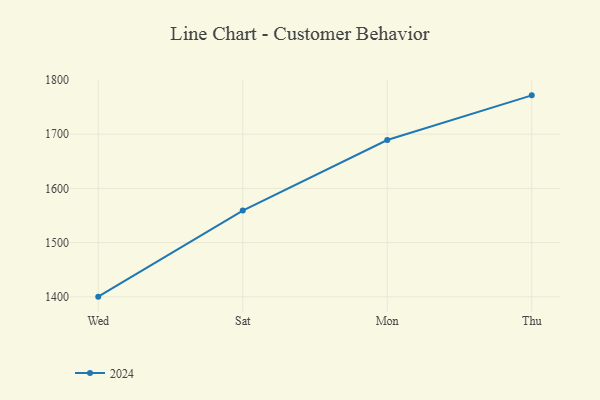
{"axis": {"x": "Day", "y": "Active Users"}, "legend": ["2024"], "data": [{"x": "Wed", "y": 1400.3, "type": "2024"}, {"x": "Sat", "y": 1559.2, "type": "2024"}, {"x": "Mon", "y": 1689.3, "type": "2024"}, {"x": "Thu", "y": 1771.7, "type": "2024"}]}